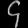
Digit: ၄